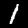
Label: 1